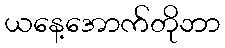
ယနေ့အောက်တိုဘာ